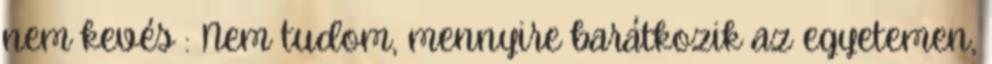
nem kevés : Nem tudom, mennyire barátkozik az egyetemen,